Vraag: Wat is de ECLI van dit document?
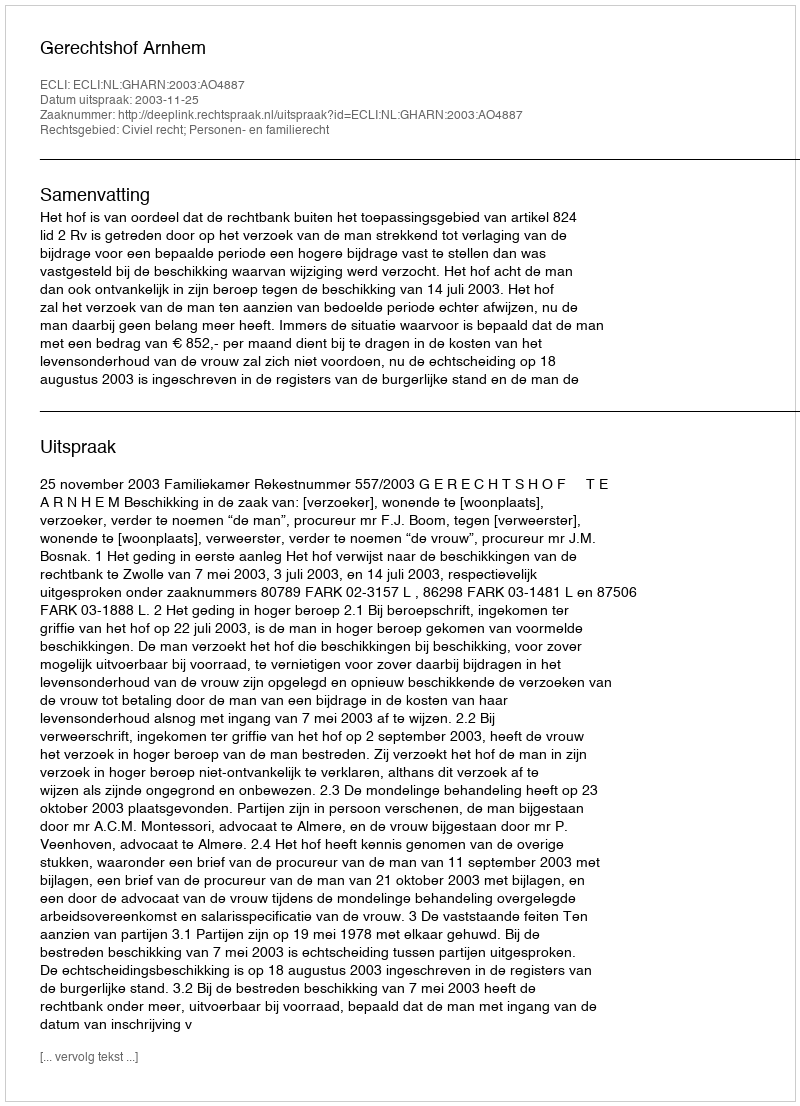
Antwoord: ECLI:NL:GHARN:2003:AO4887